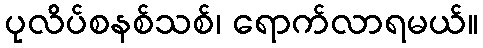
ပုလိပ်စနစ်သစ်၊ ရောက်လာရမယ်။